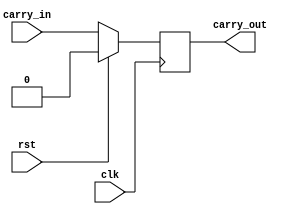
`timescale 1ns / 1ps
//////////////////////////////////////////////////////////////////////////////////
// Company: 
// Engineer: 
// 
// Design Name: 
// Module Name:    carry_register 
// Project Name: 
// Target Devices: 
// Tool versions: 
// Description: 
//
// Dependencies: 
//
// Revision: 
// Revision 0.01 - File Created
// Additional Comments: 
//
//////////////////////////////////////////////////////////////////////////////////
module carry_register(input clk, input rst, input carry_in, output reg carry_out);

always @(posedge clk) begin
       if(rst) carry_out <= 0;
       else carry_out <= carry_in;
end

endmodule